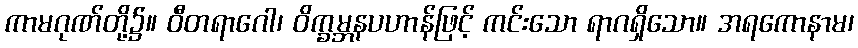
ကာမဂုဏ်တို့၌။ ဝီတရာဂေါ၊ ဝိက္ခမ္ဘနပဟာန်ဖြင့် ကင်းသော ရာဂရှိသော။ အရကောနာမ၊